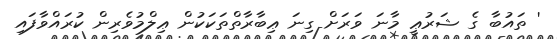
' ތައުބާ ގެ ޝަރުޢީ މާނަ ވަރަށް ގިނަ ޢިބާރާތްތަކަކުން ޢިލްމުވެރިން ކުރައްވާފައި